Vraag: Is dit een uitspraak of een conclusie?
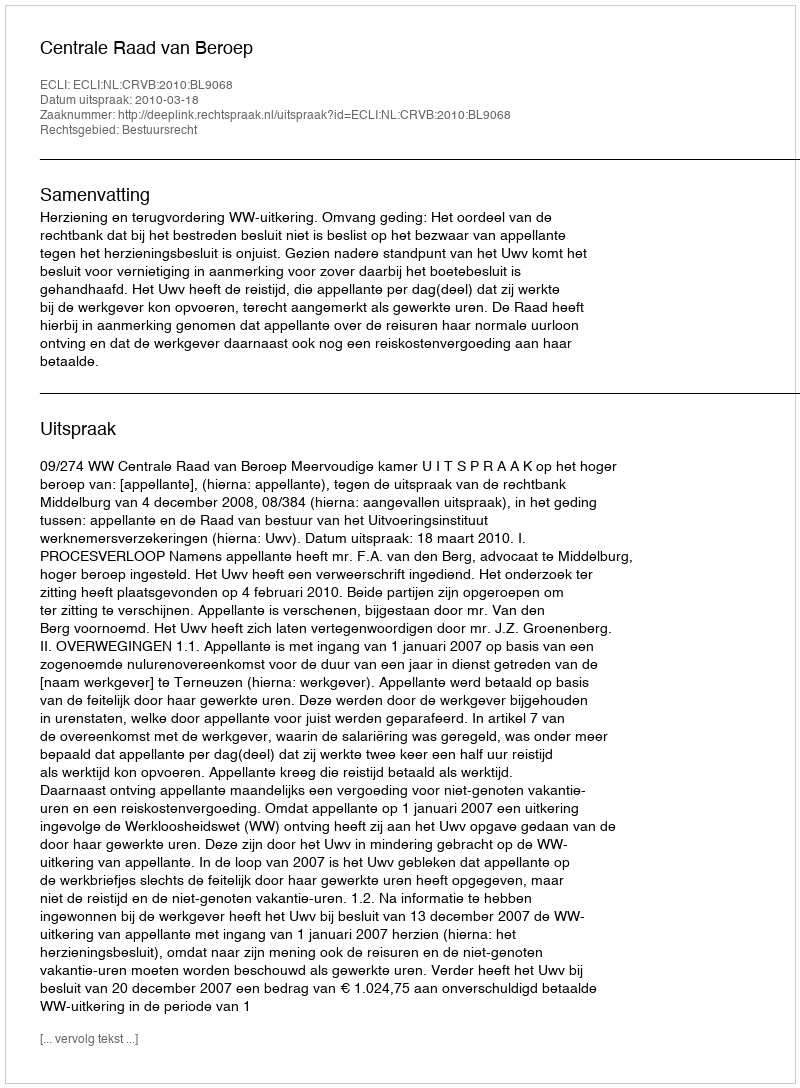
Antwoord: Uitspraak